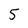
Character: 5